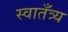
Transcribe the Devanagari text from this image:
स्वातँत्र्य